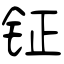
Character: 钲